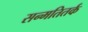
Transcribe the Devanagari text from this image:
सन्मतितर्क